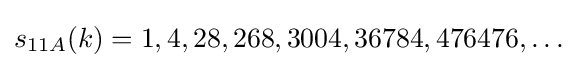
s_{11A}(k)=1,4,28,268,3004,36784,476476,\ldots